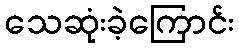
သေဆုံးခဲ့ကြောင်း